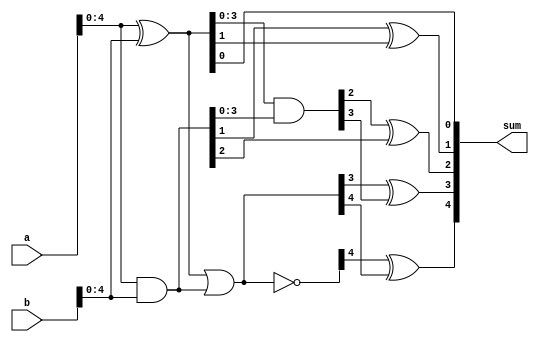
module brent_kung_adder (
    input wire [31:0] a,
    input wire [31:0] b,
    output reg [31:0] sum
);

wire [31:0] p [4:0];

assign p[0] = a ^ b;
assign p[1] = a & b;
assign p[2] = p[0] & p[1];
assign p[3] = p[0] | p[1];
assign p[4] = ~p[3];

always @(*) begin
    sum[0] = p[0][0] ^ 1'b0;
    sum[1] = p[1][1] ^ p[0][1] ^ 1'b0;
    sum[2] = p[2][2] ^ p[1][2] ^ 1'b0;
    sum[3] = p[3][3] ^ p[2][3] ^ 1'b0;
    sum[4] = p[4][4] ^ p[3][4] ^ 1'b0;
end

endmodule